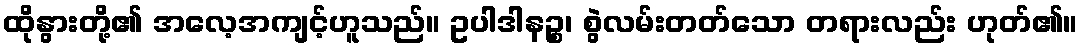
ထိုနွားတို့၏ အလေ့အကျင့်ဟူသည်။ ဥပါဒါနဉ္စ၊ စွဲလမ်းတတ်သော တရားလည်း ဟုတ်၏။